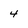
Character: 4